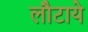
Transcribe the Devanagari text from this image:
लौटाये